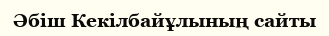
Әбіш Кекілбайұлының сайты